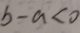
b - a < 0